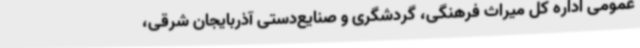
عمومی اداره کل میراث فرهنگی، گردشگری و صنایع‌دستی آذربایجان شرقی،